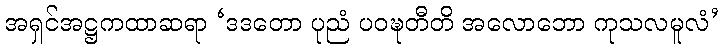
အရှင်အဋ္ဌကထာဆရာ ‘ဒဒတော ပုညံ ပဝဍ္ဎတီတိ အလောဘော ကုသလမူလံ’